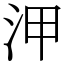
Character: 㳌